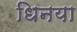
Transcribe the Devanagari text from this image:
धिनया